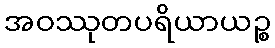
အဝဿုတပရိယာယဉ္စ